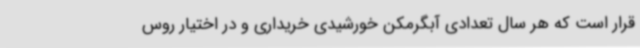
قرار است که هر سال تعدادی آبگرمکن خورشیدی خریداری و در اختیار روس